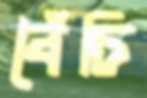
বৈঁঁচি